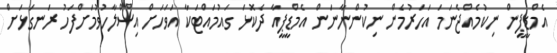
އެމްޑީޕީން ނިކުމެއްޖެނަމަ އަހަރުމެން ނިކުންނާނަން އެމްޑީޕީއާ ދެކޮޅަ ގައުމައްޓަކާ އަވަހަށް އިސްލާހުވުމަށްފަހު ރަނގަޅަށް